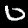
Digit: 0